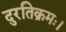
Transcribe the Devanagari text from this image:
दुरतिक्रमः।